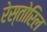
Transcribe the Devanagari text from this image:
रेस्तोरिल